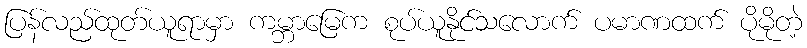
ပြန်လည်ထုတ်ယူရာမှာ ကမ္ဘာမြေက စုပ်ယူနိုင်သလောက် ပမာဏထက် ပိုမိုတဲ့